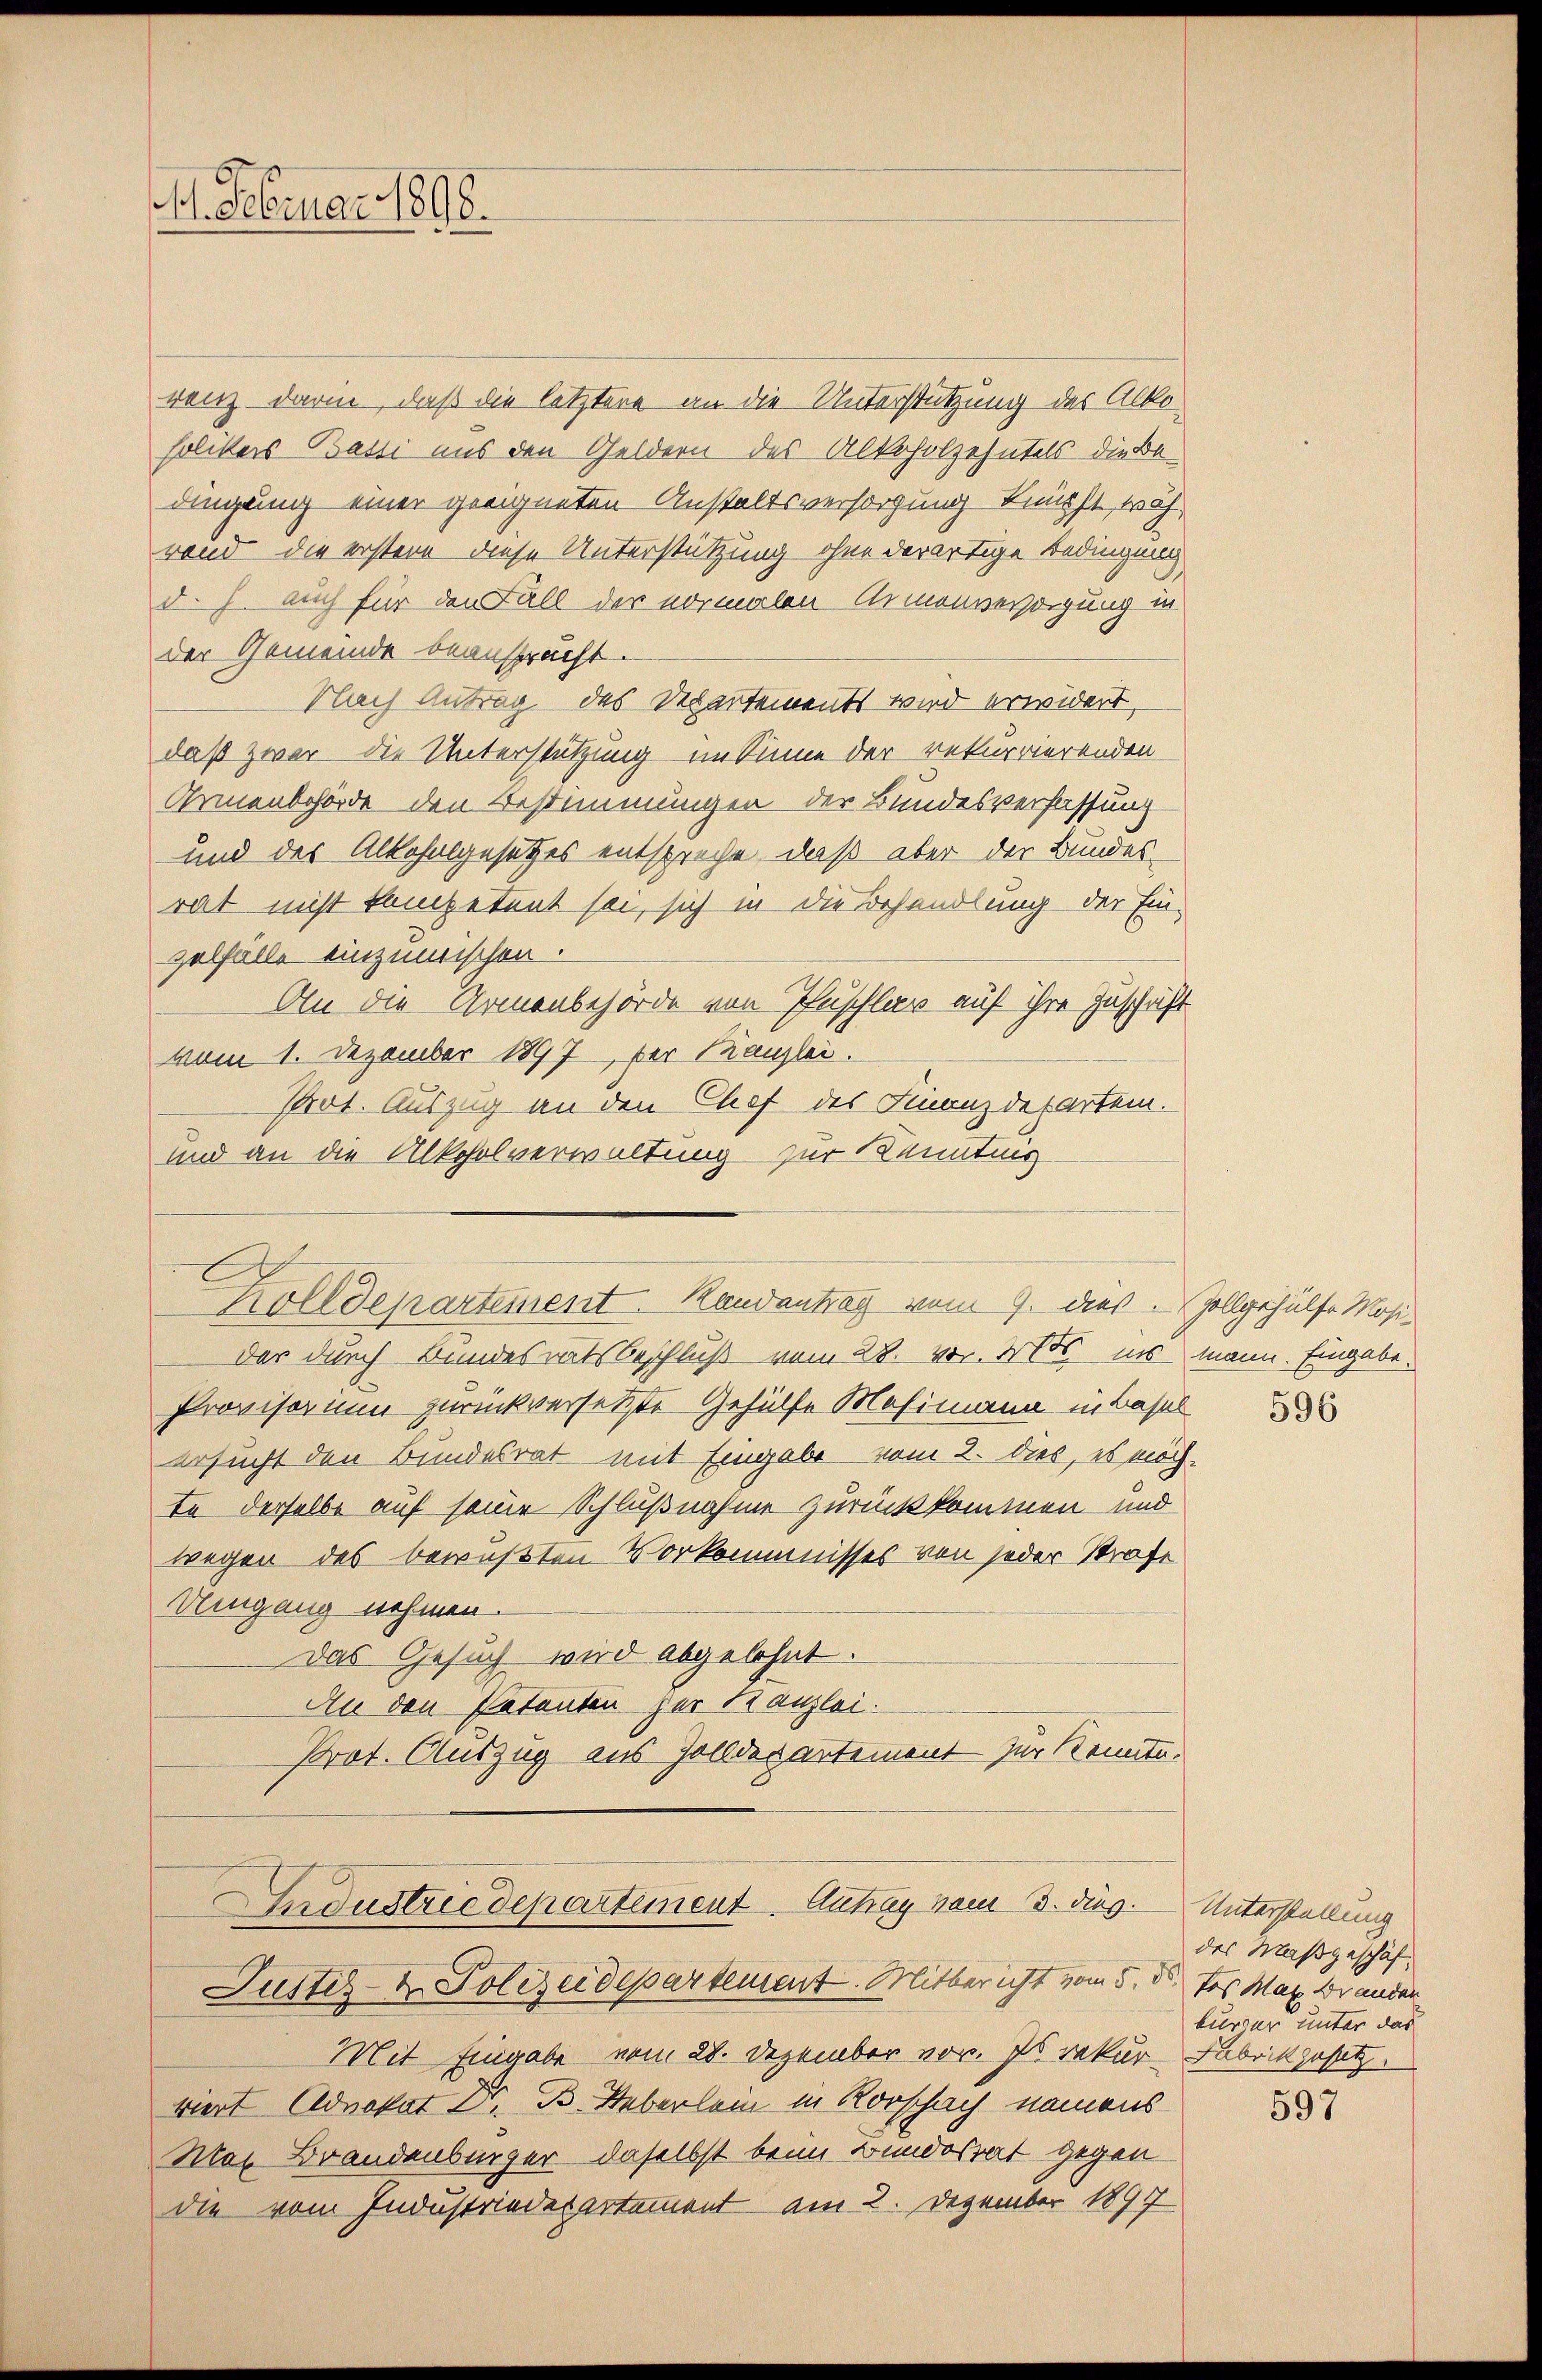
41. Februar 1896.

renz darin, daß die letztere an die Unterstützung des Alko¬
Folikers Basti aus den Geldern des Alkoholzehntels diese
dingung einer geeigneten Anstaltsversorgung knüpft, währand die erstere diese Unterstützung ohne derartige Bedingung
d. h. auch für den Fall der vormalen Armenversorgung in
der Gemeinde beanspracht.
Nach Antrag des Departements wird erwidert,
daß zwar die Unterstützung im Sinne der rekurrierenden
Armenbehörde den Bestimmungen der Bundesverfassung
und des Alkohalgesetzes entspreche, daß aber der Bundes-
rat nicht kompetent sei, sich in die Behandlung der Einzelfälle einzumischen.
An die Armenbehörde von Pfuschlag auf ihre Zuschrift
vom 1. Dezember 1897 der Kanzlei.
Prot. Auszug an den Chef des Finanzdepartem.
und an die Alkoholverwaltung zur Kenntnis
Zolldepartement Randantrag vom 9. dies Zollgehülfe Mosider durch Bundesratsbeschluß vom 28. vor. Er ins mann. Eingabe.
Provisorium zurückversetzte Gehülfe Mosimann in Basel
ersucht den Bundesrat mit Eingabe vom 2. dies, es möchte derselbe auf seine Schlußnahme zurückkommen und
wegen des bewußten Vorkommnisses von jeder Strafe
Umgang nehmen.
Das Gesuch wird abgelehnt.
An den Patenten zur Kanzlei.
Prot. Auszug aus Zolldepartement zur Kennte.
Industriedepartement. Antrag vom 3. dies. Unterstellung
Justiz- & Polizeidepartement. Mitbericht vom 5. ds. das Mar Branden
Mit Eingabe vom 28. Dezember vor. Is rekur-Fabrikgesetz.
viert Advokat Dr. B. Ueberlein in Rorschach namens
Mas Brandenberger, daselbst beim Bundesrat gegen
die vom Industriederartement am 2. Dezember 1897

596

des Maßgeschäf
kurzer unter das

597